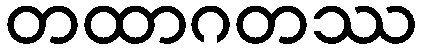
တထာဂတဿ